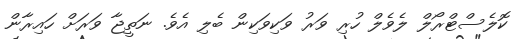
ކޮލެސްޓްރޯލް ލެވެލް ހުރި ވަރު ވަކިވަކިން ބެލި އެވެ. ނަތީޖާ ވަރަށް ހައިރާން